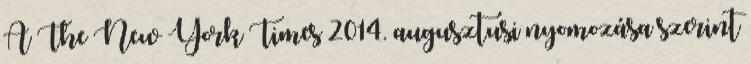
A The New York Times 2014. augusztusi nyomozása szerint